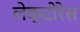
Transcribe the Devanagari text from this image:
लेक्टोरेस